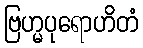
ဗြဟ္မပုရောဟိတံ